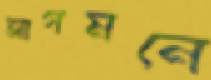
আগমনে